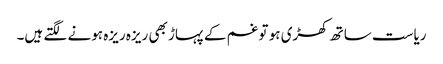
ریاست ساتھ کھڑی ہو تو غم کے پہاڑ بھی ریزہ ریزہ ہونے لگتے ہیں۔